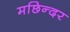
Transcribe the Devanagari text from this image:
मछिन्दर